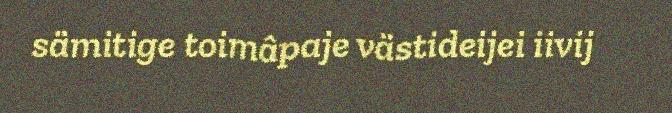
sämitige toimâpaje västideijei iivij